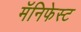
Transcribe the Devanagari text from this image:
मॅनिफेस्ट